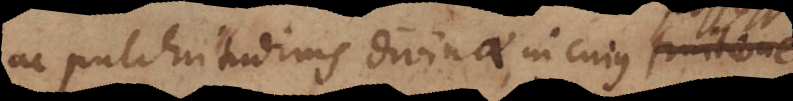
ac pulchritudinis divinae, in cujus possessione